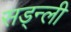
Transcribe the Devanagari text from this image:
सड्न्ली